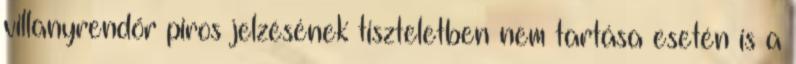
villanyrendőr piros jelzésének tiszteletben nem tartása esetén is a